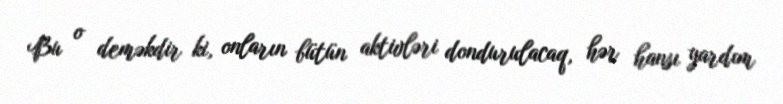
Bu o deməkdir ki, onların bütün aktivləri dondurulacaq, hər hansı yardım